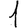
Digit: 1